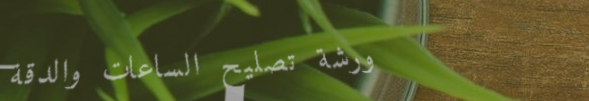
ورشة تصليح الساعات والدقة